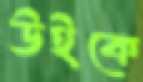
উইকে